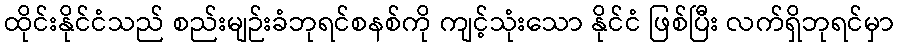
ထိုင်းနိုင်ငံသည် စည်းမျဉ်းခံဘုရင်စနစ်ကို ကျင့်သုံးသော နိုင်ငံ ဖြစ်ပြီး လက်ရှိဘုရင်မှာ